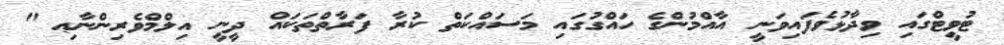
ޓުވީޓްގައި ވިދާޅުވެފައިވަނީ އާއްމުންގެ ހައްގުގައި މަސައްކަތް ކުރާ ފަރާތްތަކައް ދީނީ އިލްމްވެރިންނާޢި "